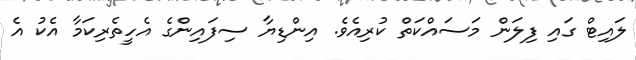
ލައިޓް ގައި ފިލަން މަސައްކަތް ކުރިއެވެ. އިންޑިޔާ ސިފައިންގެ އެހީތެރިކަމާ އެކު އެ